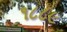
૧૮૮૯